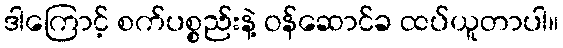
ဒါကြောင့် စက်ပစ္စည်းနဲ့ ဝန်ဆောင်ခ ထပ်ယူတာပါ။